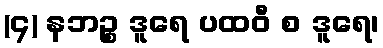
(၄) နဘဉ္စ ဒူရေ ပထဝီ စ ဒူရေ၊